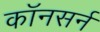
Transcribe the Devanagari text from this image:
कॉनसर्न